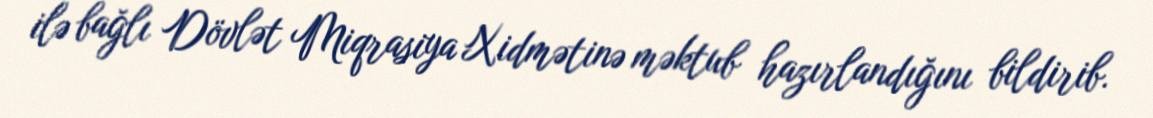
ilə bağlı Dövlət Miqrasiya Xidmətinə məktub hazırlandığını bildirib.